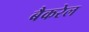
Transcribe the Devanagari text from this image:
बैकरेल